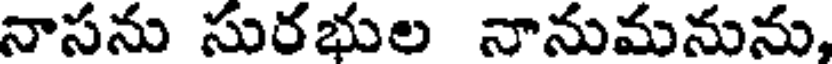
నాసను సురభుల నానుమనును,